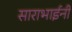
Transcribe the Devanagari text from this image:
साराभाईनी